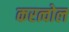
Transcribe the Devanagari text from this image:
करत्वोल